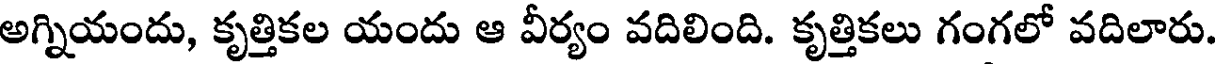
అగ్నియందు, కృత్తికల యందు ఆ వీర్యం వదిలింది. కృత్తికలు గంగలో వదిలారు.